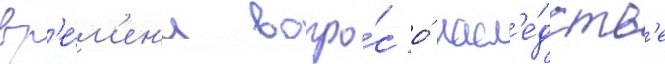
вр'е́м'ен'и вопро́с о́ насл'е́дств'е